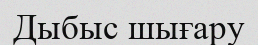
Дыбыс шығару